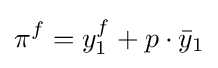
\pi ^{f}=y_{1}^{f}+p\cdot {\bar {y}}_{1}